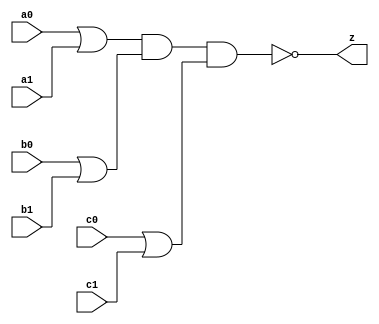
//#############################################################################
//# Function: Or-And-Inverter (oai222) Gate                                   #
//# Copyright: OH Project Authors. ALl rights Reserved.                       #
//# License:  MIT (see LICENSE file in OH repository)                         # 
//#############################################################################

module oh_oai222 #(parameter DW = 1 ) // array width
   (
    input [DW-1:0]  a0,
    input [DW-1:0]  a1,
    input [DW-1:0]  b0,
    input [DW-1:0]  b1,
    input [DW-1:0]  c0,
    input [DW-1:0]  c1,
    output [DW-1:0] z
    );
   
   assign z = ~((a0 | a1) & (b0 | b1) & (c0 | c1));
   
endmodule